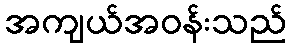
အကျယ်အဝန်းသည်